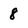
Character: 8